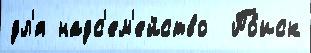
дл'я надс'ем'ейство  По́иск